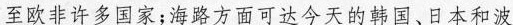
至欧非许多国家；海路方面可达今天的韩国、日本和波